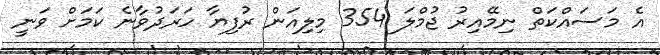
އެ މަސައްކަތް ނިމޭއިރު ޖުމްލަ 354 މިލިއަން ރުފިޔާ ހަރަދުވާނެ ކަމަށް ވަނީ